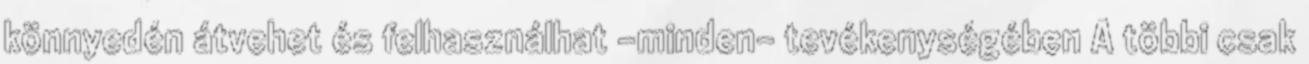
könnyedén átvehet és felhasználhat -minden- tevékenységében A többi csak